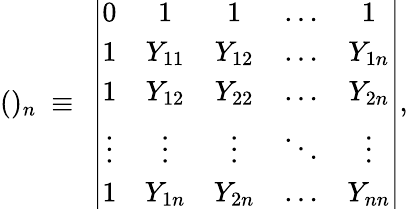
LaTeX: ()_{n}~\equiv~\left|\begin{array}{ccccc}{{0}}&{{1}}&{{1}}&{{\ldots}}&{{1}}\\ {{1}}&{{Y_{11}}}&{{Y_{12}}}&{{\ldots}}&{{Y_{1n}}}\\ {{1}}&{{Y_{12}}}&{{Y_{22}}}&{{\ldots}}&{{Y_{2n}}}\\ {{\vdots}}&{{\vdots}}&{{\vdots}}&{{\ddots}}&{{\vdots}}\\ {{1}}&{{Y_{1n}}}&{{Y_{2n}}}&{{\ldots}}&{{Y_{nn}}}\end{array}\right|,